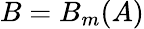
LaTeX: B=B_{m}(A)